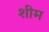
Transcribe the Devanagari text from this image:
शीम